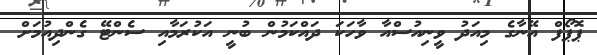
ޕޮޕޯފް އޭނާގެ މިއަދު ވީނިއުސްއާ ވާހަކަ ދައްކަމުން ބުނީ އަކުރަމާއި ސެންޓޭ ގެންދިއުމަށް